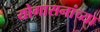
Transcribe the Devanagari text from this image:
योगासनांच्या